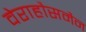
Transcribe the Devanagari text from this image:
वेराहौसमैन